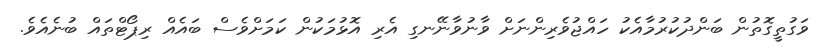
ވަގުތީގޮތުން ބަންދުކުރުމާއެކު ހައްޖުވެރިންނަށް ވާނުވާނޭނގި އެރި އޮޅުމަކުން ކަމަށްވެސް ބައެއް ރިޕޯޓްތައް ބުނެއެވެ.